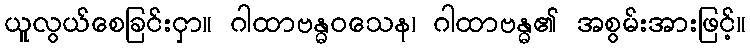
ယူလွယ်စေခြင်းငှာ။ ဂါထာဗန္ဓဝသေန၊ ဂါထာဗန္ဓ၏ အစွမ်းအားဖြင့်။